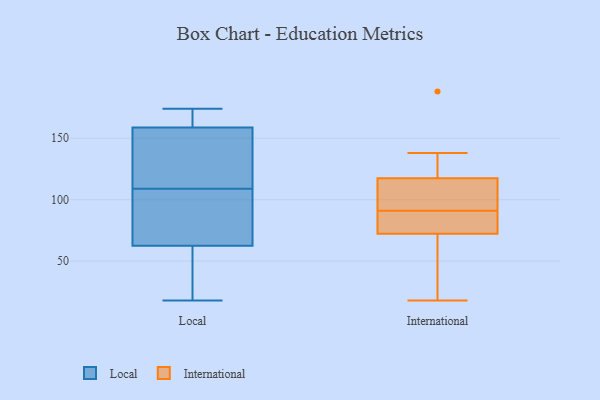
{"axis": {"x": "Satisfaction Score", "y": "Value"}, "legend": ["International", "Local"], "data": [{"x": "", "y": 142, "type": "Local"}, {"x": "", "y": 174, "type": "Local"}, {"x": "", "y": 158, "type": "Local"}, {"x": "", "y": 172, "type": "Local"}, {"x": "", "y": 44, "type": "Local"}, {"x": "", "y": 18, "type": "Local"}, {"x": "", "y": 58, "type": "Local"}, {"x": "", "y": 70, "type": "Local"}, {"x": "", "y": 127, "type": "Local"}, {"x": "", "y": 64, "type": "Local"}, {"x": "", "y": 25, "type": "Local"}, {"x": "", "y": 88, "type": "Local"}, {"x": "", "y": 109, "type": "Local"}, {"x": "", "y": 76, "type": "Local"}, {"x": "", "y": 154, "type": "Local"}, {"x": "", "y": 161, "type": "Local"}, {"x": "", "y": 169, "type": "Local"}, {"x": "", "y": 91, "type": "International"}, {"x": "", "y": 95, "type": "International"}, {"x": "", "y": 188, "type": "International"}, {"x": "", "y": 18, "type": "International"}, {"x": "", "y": 88, "type": "International"}, {"x": "", "y": 138, "type": "International"}, {"x": "", "y": 58, "type": "International"}, {"x": "", "y": 116, "type": "International"}, {"x": "", "y": 118, "type": "International"}, {"x": "", "y": 72, "type": "International"}, {"x": "", "y": 73, "type": "International"}]}